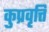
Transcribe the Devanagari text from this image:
कुप्रवृत्ति